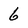
Character: 6